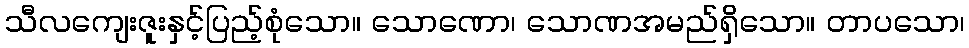
သီလကျေးဇူးနှင့်ပြည့်စုံသော။ သောဏော၊ သောဏအမည်ရှိသော။ တာပသော၊